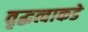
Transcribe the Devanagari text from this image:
वृद्धत्वाकडे